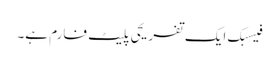
فیسبک ایک تفریحی پلیٹ فارم ہے۔